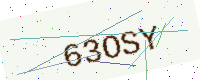
Text: 63OSY